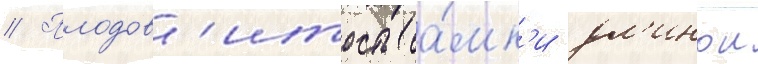
// Плодов'итость са́мк'и дл'инои